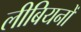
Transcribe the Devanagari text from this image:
लीबियनों